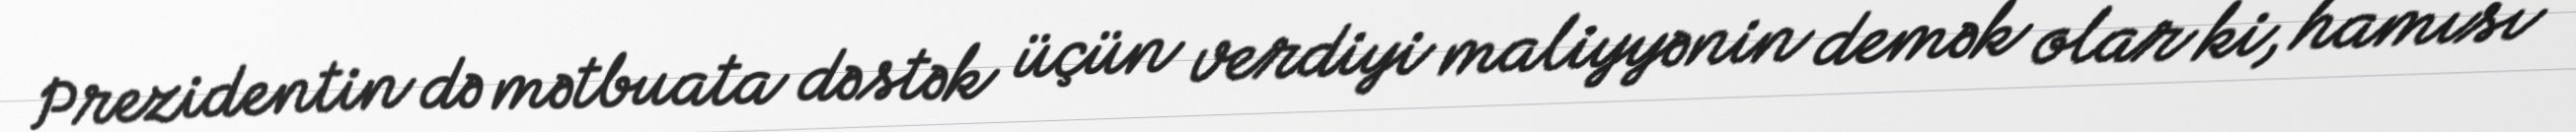
Prezidentin də mətbuata dəstək üçün verdiyi maliyyənin demək olar ki, hamısı